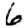
Digit: 6